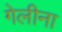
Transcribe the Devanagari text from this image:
गेलीना